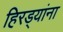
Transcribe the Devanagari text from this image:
हिरड्यांना